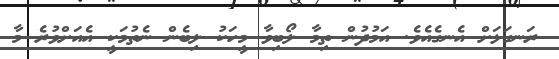
ރަނގަޅަށް އެނގެއެވެ. އަމުދުން ތިމާ ލޯބިވާ މީހަކު ލިބެން ނެތުމަކީ އެއަށްވުރެ މާ